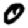
Digit: 0